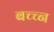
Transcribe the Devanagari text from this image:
बच्च्न